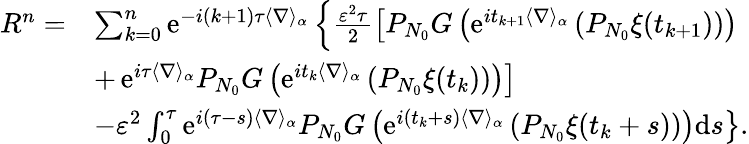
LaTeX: \begin{array}{rl}{{R}^{n}=}&{\sum_{k=0}^{n}\textrm{e}^{-i(k+1)\tau\langle\nabla\rangle_{\alpha}}\left\{ \frac{\varepsilon^{2}\tau}{2}\left[P_{N_{0}}G\left(\textrm{e}^{it_{k+1}\langle\nabla\rangle_{\alpha}}\left(P_{N_{0}}\xi(t_{k+1})\right)\right)\right.\right.}\\ &{+\left.\left.\textrm{e}^{i\tau\langle\nabla\rangle_{\alpha}}P_{N_{0}}G\left(\textrm{e}^{it_{k}\langle\nabla\rangle_{\alpha}}\left(P_{N_{0}}\xi(t_{k})\right)\right)\right]\right.}\\ &{\left.-\varepsilon^{2}\int_{0}^{\tau}\textrm{e}^{i(\tau-s)\langle\nabla\rangle_{\alpha}}P_{N_{0}}G\left(\textrm{e}^{i(t_{k}+s)\langle\nabla\rangle_{\alpha}}\left(P_{N_{0}}\xi(t_{k}+s)\right)\right)\textrm{d}s\right\} .}\end{array}